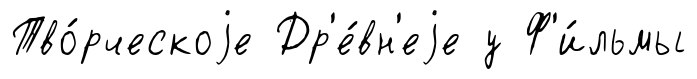
Тво́рческоjе Др'е́вн'еjе у Ф'и́льмы